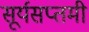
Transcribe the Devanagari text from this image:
सूर्यसप्तमी